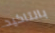
بالتاكيد